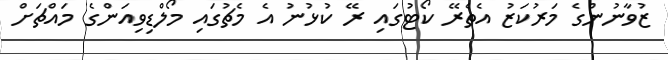
ޒުވާނުންގެ މަރުކަޒު އެތެރޭ ކޯޓުގައި ރޭ ކުޅުނު އެ މެޗުގައި މޯލްޑިވިއަންގެ މައްޗަށް